Indian journal of veterinary science and animal husbandry - Volumes 18-21, 1948-1951
Year: 1948
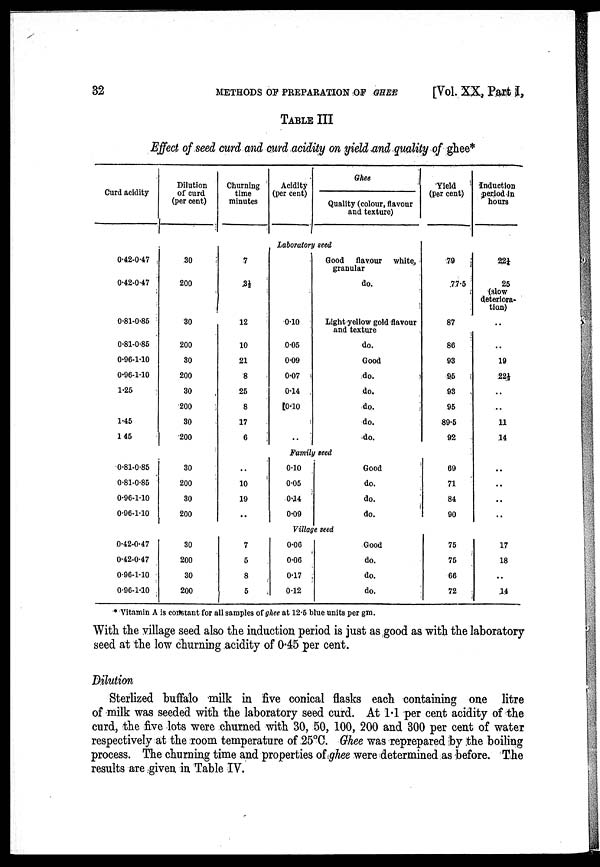
32
METHODS OF PREPARATION OF GHEE [Vol. XX, Part I,
TABLE III
Effect of seed curd and curd acidity on yield and quality of ghee*
Curd acidity
Dilution
of curd
(per cent)
Churning
time
minutes
Acidity
(per cent)
Ghee
Quality (colour, flavour
and texture)
Yield
(per cent)
Induction
period in
hours
Laboratory seed
0.42-0.47
0.42-0.47
-
0.81-0.85
0.81-0.85
0.96-1.10
0.96-1.10
1.25
1.45
1.45
30
200
30
200
30
200
30
200
30
200
7
3½
12
10
21
8
25
8
17
6
0.10
0.05
0.09
0.07
0.14
0.10
..
Good
flavour
white,
granular
do.
Light-yellow gold flavour
and texture
do.
Good
do.
do.
do.
do.
do.
79
77.5
87
86
93
95
93
95
89.5
92
22¼
25
(slow
deterlera
tion)
..
..
19
22½
..
..
11
14
Family seed
0.81-0.85
0.81-0.85
0.96-1.10
0.96-1.10
30
200
30
200
..
10
19
..
0.10
0.05
0.14
0.09
Good
do.
do.
do.
69
71
84
90
..
..
..
..
Village seed
0.42-0.47
0.42-0.47
0.96-1.10
0.96-1.10
30
200
30
200
7
5
8
5
0.06
0.06
0.17
0.12
Good
do.
do.
do.
75
75
66
72
17
18
..
14
* Vitamin A is constant for all samples of ghee at 12.5 blue units per gm.
With the village seed also the induction period is just as good as with the laboratory
seed at the low churning acidity of 0.45 per cent.
Dilution
Sterlized buffalo milk in five conical flasks each containing one litre
of milk was seeded with the laboratory seed curd. At 1.1 per cent acidity of the
curd, the five lots were churned with 30, 50, 100, 200 and 300 per cent of water
respectively at the room temperature of 25°C. Ghee was reprepared by the boiling
process. The churning time and properties of ghee were determined as before. The
results are given in Table IV.